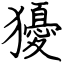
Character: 獶